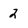
Character: 2